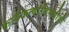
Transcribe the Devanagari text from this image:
कार्यकर्त्यांविषयीही